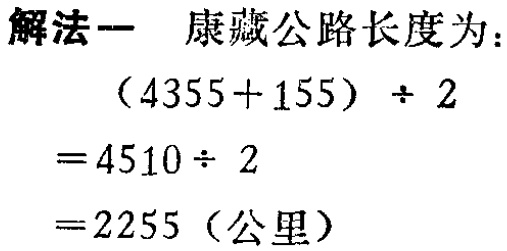
解法一 康藏公路长度为：
\[
\begin{align*}
&(4355 + 155)\div 2\\
=&4510\div 2\\
=&2255 \text{（公里）}
\end{align*}
\]